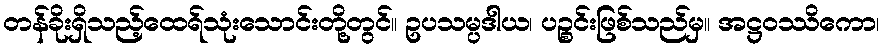
တန်ခိုးရှိသည့်ထေရ်သုံးသောင်းတို့တွင်။ ဥပသမ္ပဒါယ၊ ပဉ္စင်းဖြစ်သည်မှ။ အဋ္ဌဝဿိကော၊